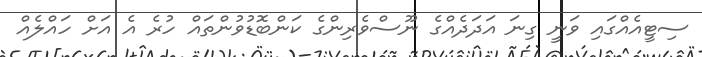
ސިޓީއެއްގައި ވަނީ ގިނަ އަދަދެއްގެ ނޫސްވެރިންގެ ކަންބޮޑުވުންތައް ހުރެ އެ އަށް ހައްލެއް